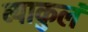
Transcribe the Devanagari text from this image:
व्याकुलं